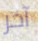
آخر